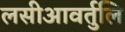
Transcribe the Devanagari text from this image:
लसीआवर्तुलि